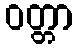
ဝတ္တာ